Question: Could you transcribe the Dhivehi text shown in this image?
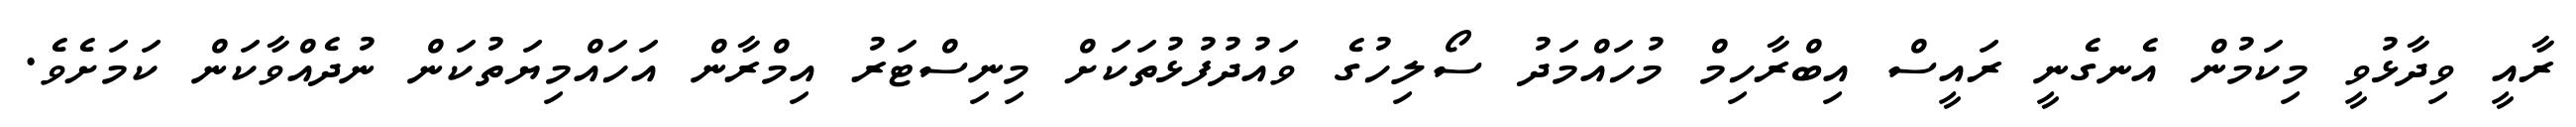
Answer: ރާއީ ވިދާޅުވީ މިކަމުން އެނގެނީ ރައީސް އިބްރާހިމް މުހައްމަދު ސޯލިހުގެ ވައުދުފުޅުތަކަށް މިނިސްޓަރު އިމްރާން އަހައްމިޔަތުކަން ނުދެއްވާކަން ކަމަށެވެ.